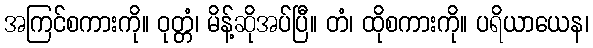
အကြင်စကားကို။ ဝုတ္တံ၊ မိန့်ဆိုအပ်ပြီ။ တံ၊ ထိုစကားကို။ ပရိယာယေန၊